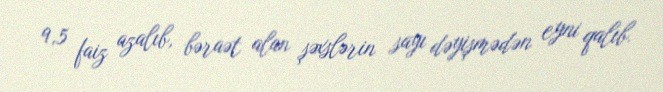
9,5 faiz azalıb, bəraət alan şəxslərin sayı dəyişmədən eyni qalıb.